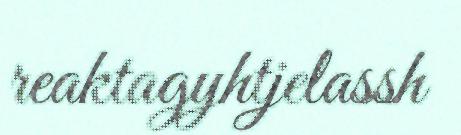
reaktagyhtjelassh